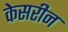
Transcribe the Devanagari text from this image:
केसरीन